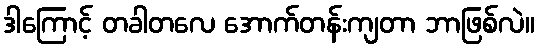
ဒါကြောင့် တခါတလေ အောက်တန်းကျတာ ဘာဖြစ်လဲ။